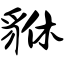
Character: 貅